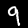
Digit: 9